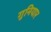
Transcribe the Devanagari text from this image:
गुनियार